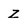
Character: z